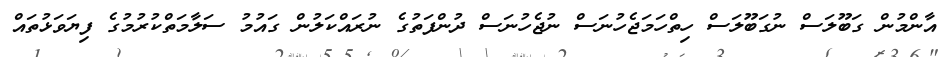
އާންމުން ގަބޫލަސް ނުގަބޫލަސް ހިތްހަމަޖެހުނަސް ނުޖެހުނަސް ދުންފަތުގެ ނުރައްކަލުން ގައުމު ސަލާމަތްކުރުމުގެ ފިޔަވަޅުތައް